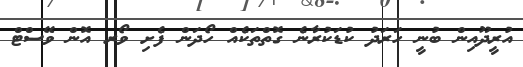
އުރީދޫއިން ބުނީ ހަރަދު ކުޑަކުރާނެ ގޮތްތަކެއް ހޯދަން ފެށި ވޯރ އޮން ވޭސްޓް